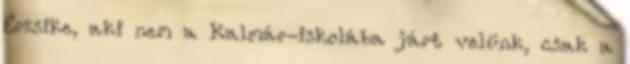
Erzsike, aki nem a Kalmár-iskolába járt velünk, csak a